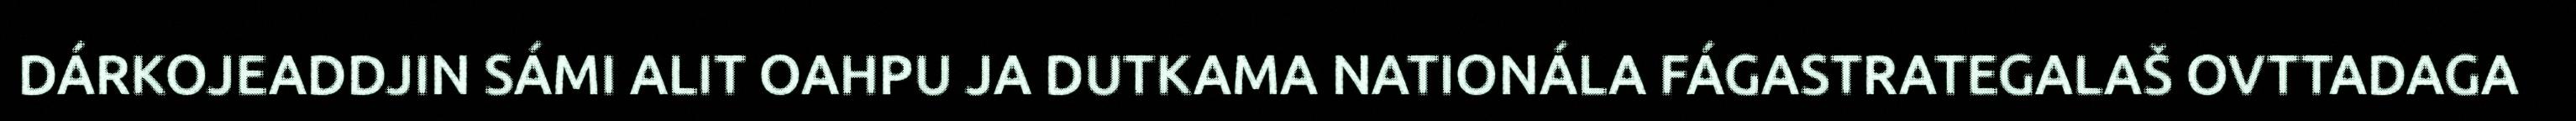
DÁRKOJEADDJIN SÁMI ALIT OAHPU JA DUTKAMA NATIONÁLA FÁGASTRATEGALAŠ OVTTADAGA